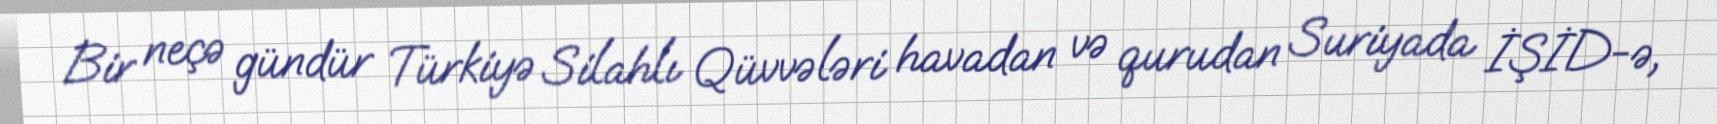
Bir neçə gündür Türkiyə Silahlı Qüvvələri havadan və qurudan Suriyada İŞİD-ə,